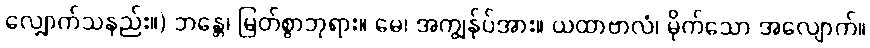
လျှောက်သနည်း။) ဘန္တေ၊ မြတ်စွာဘုရား။ မေ၊ အကျွန်ုပ်အား။ ယထာဗာလံ၊ မိုက်သော အလျောက်။